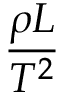
{ \frac { \rho L } { T ^ { 2 } } }